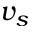
v _ { s }